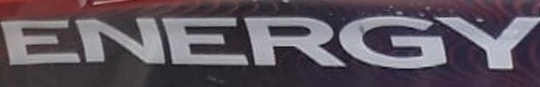
ENERGY